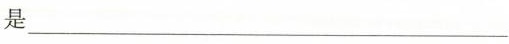
是___